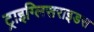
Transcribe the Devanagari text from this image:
ट्राइग्लिसराइडस